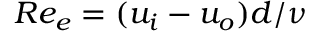
R e _ { e } = ( u _ { i } - u _ { o } ) d / \nu